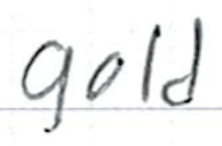
Text: gold
Cross-out: clean
Writing tool: ballpoint